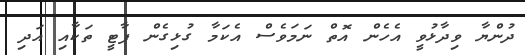
ދުންޔާ ވިދާޅުވީ އެހެން އޮތް ނަމަވެސް އެކަމާ ގުޅިގެން ޕާޓީ ތަކާއި އަދި